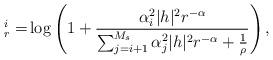
LaTeX: \begin{align*}^i_r =& \log\left(1+ \frac{ \alpha_i^2|h| ^2 r^{-\alpha} }{ \sum^{M_s}_{j=i+1} \alpha_j^2|h |^2r^{-\alpha} +\frac{1}{\rho}} \right),\end{align*}